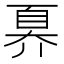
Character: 奡